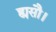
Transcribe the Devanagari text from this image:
ह्यसौ।